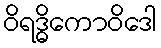
ဝိရဒ္ဓိကောဝိဒေါ